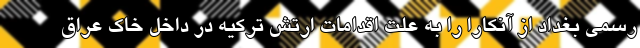
رسمی بغداد از آنکارا را به علت اقدامات ارتش ترکیه در داخل خاک عراق